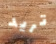
تريد